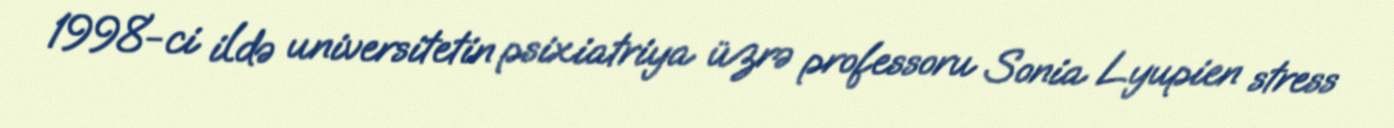
1998-ci ildə universitetin psixiatriya üzrə professoru Sonia Lyupien stress